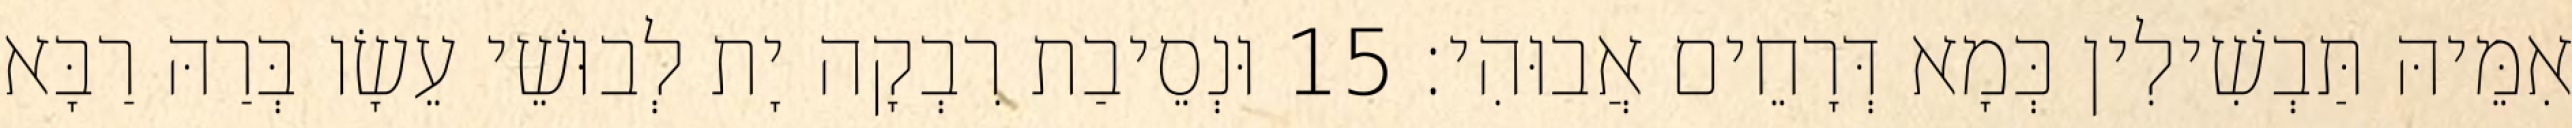
אִמֵּיהּ תַּבְשִׁילִין כְּמָא דְּרָחֵים אֲבוּהִי׃ 15 וּנְסֵיבַת רִבְקָה יָת לְבוּשֵׁי עֵשָׂו בְּרַהּ רַבָּא